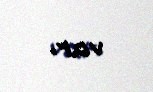
var.